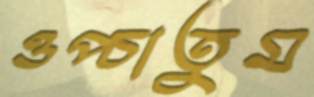
ওপ্‌চাতুম